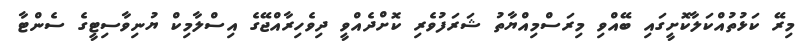
މިރޭ ކަޅުތުއްކަލާކޮށީގައި ބޭއްވި މިރަސްމިއްޔާތު ޝަރަފުވެރި ކޮށްދެއްވީ ދިވެހިރާއްޖޭގެ އިސްލާމިކް ޔުނިވާސިޓީގެ ސެންޓާ